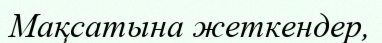
Мақсатына жеткендер,